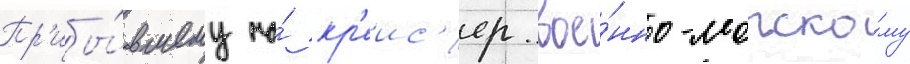
Пр'ибы́вшему на́ кр'еис'ер вое́нно-морско́му